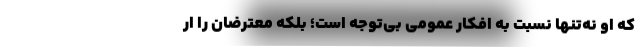
که او نه‌تنها نسبت به افکار عمومی بی‌توجه است؛ بلکه معترضان را ار